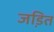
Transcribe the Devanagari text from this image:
जडि़त